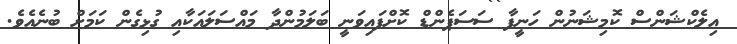
އިލެކްޝަންސް ކޮމިޝަނުން ހަނީފާ ސަސަޕެންޑް ކޮށްފައިވަނީ ބަލަމުންދާ މައްސަލައަކާއި ގުޅިގެން ކަމަށް ބުނެއެވެ.